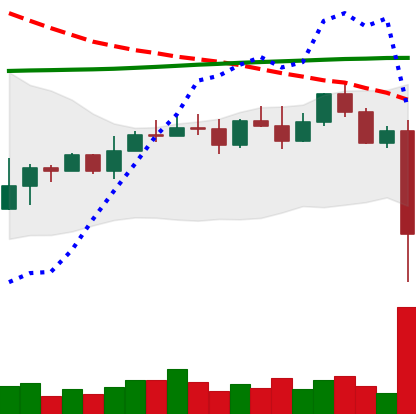
Ticker: EOS-USD
Chart end date: 2022-11-08
Forward return: -7.824%
Label: down_7plus